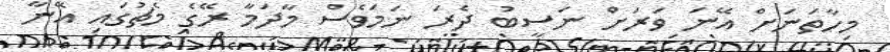
މިހާތަނަށް އޭނަ ވަރަށް ނަސީބު ދެރަ ނަމަވެސް މާދަމާ ރޭގެ މެޗުގައި އޭނާ